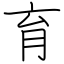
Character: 育